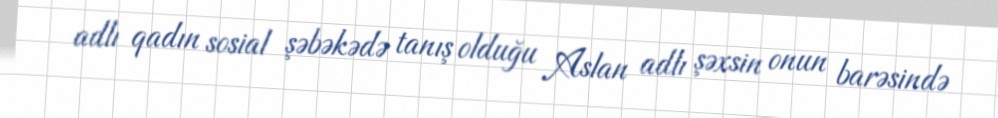
adlı qadın sosial şəbəkədə tanış olduğu Aslan adlı şəxsin onun barəsində